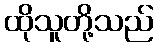
ထိုသူတို့သည်